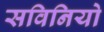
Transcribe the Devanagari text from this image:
सविनियो